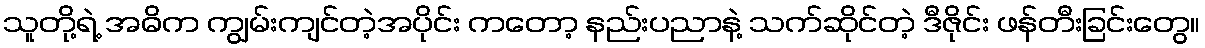
သူတို့ရဲ့ အဓိက ကျွမ်းကျင်တဲ့အပိုင်း ကတော့ နည်းပညာနဲ့ သက်ဆိုင်တဲ့ ဒီဇိုင်း ဖန်တီးခြင်းတွေ။